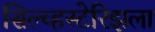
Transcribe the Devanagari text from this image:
सिल्व्हस्टेरिझला